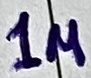
Text: 1u